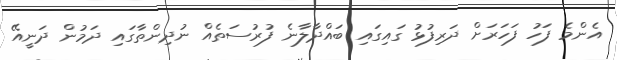
އެންމެ ފަހު ފަހަރަށް ދަރިފުޅު ގައިގައި ބައްދާލާނެ ފުރުސަތެއް ނުދިންތާގައި ދަމުން ދަނީއޭ